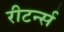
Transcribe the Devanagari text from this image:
रीटर्न्स